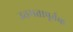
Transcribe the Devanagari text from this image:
उत्तमतापूर्वक